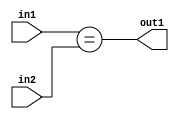
`timescale 1ps / 1ps
/*****************************************************************************
    Verilog RTL Description
    
    
    Created by: Stratus DpOpt 21.05.01 
*******************************************************************************/

module SobelFilter_Equal_2Ux1U_1U_4 (
	in2,
	in1,
	out1
	); /* architecture "behavioural" */ 
input [1:0] in2;
input  in1;
output  out1;
wire  asc001;

assign asc001 = (in1==in2);

assign out1 = asc001;
endmodule

/* CADENCE  urn1SQE= : u9/ySxbfrwZIxEzHVQQV8Q== ** DO NOT EDIT THIS LINE ******/